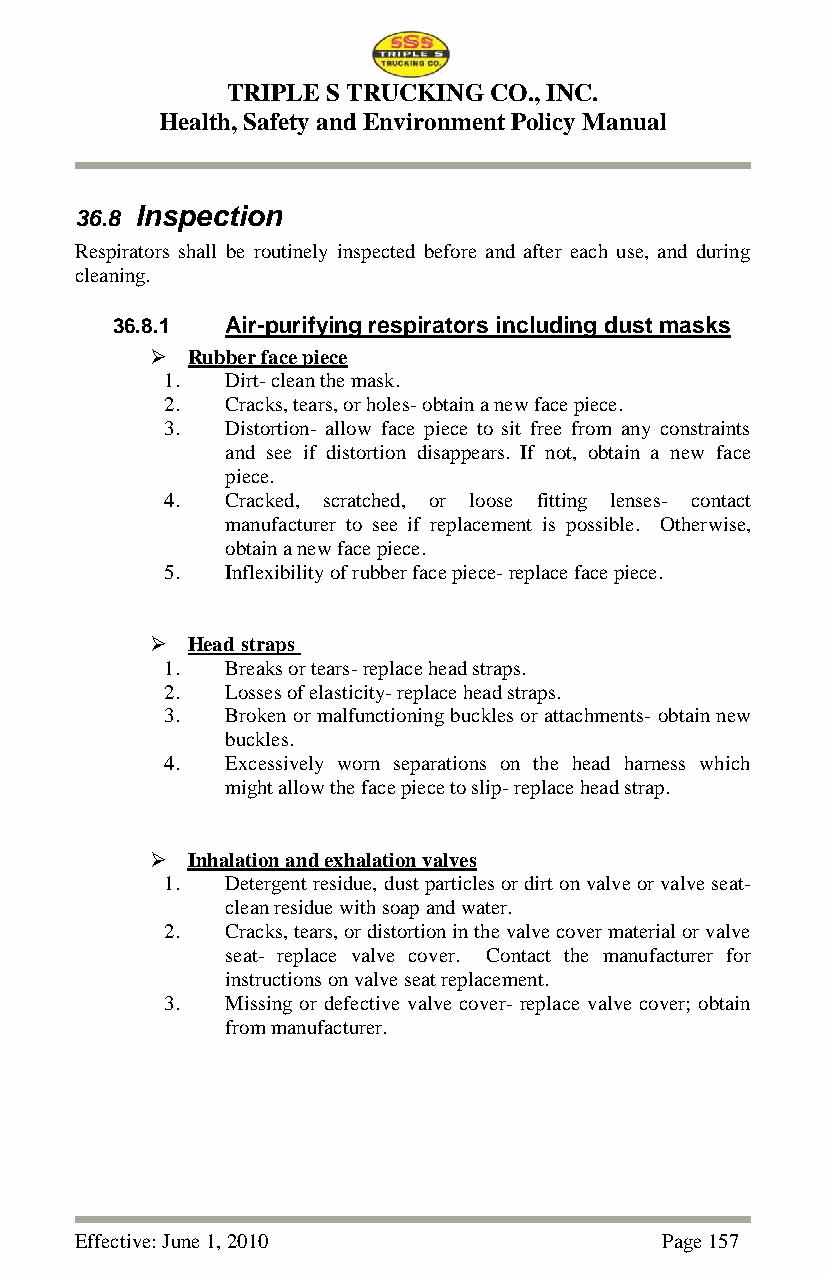
TRIPLE S TRUCKING CO., INC.
 Health, Safety and Environment Policy Manual
 36.8 Inspection
 Respirators shall be routinely inspected before and after each use, and during
 cleaning.
 36.8.1  Air-purifying respirators including dust masks
  Rubber face piece
 1.  Dirt- clean the mask.
 2.  Cracks, tears, or holes- obtain a new face piece.
 3.  Distortion- allow face piece to sit free from any constraints
 and see if distortion disappears. If not, obtain a new face
 piece.
 4.  Cracked, scratched, or loose fitting lenses- contact
 manufacturer to see if replacement is possible. Otherwise,
 obtain a new face piece.
 5.  Inflexibility of rubber face piece- replace face piece.
  Head straps
 1.  Breaks or tears- replace head straps.
 2.  Losses of elasticity- replace head straps.
 3.  Broken or malfunctioning buckles or attachments- obtain new
 buckles.
 4.  Excessively worn separations on the head harness which
 might allow the face piece to slip- replace head strap.
  Inhalation and exhalation valves
 1.  Detergent residue, dust particles or dirt on valve or valve seat-
 clean residue with soap and water.
 2.  Cracks, tears, or distortion in the valve cover material or valve
 seat- replace valve cover. Contact the manufacturer for
 instructions on valve seat replacement.
 3.  Missing or defective valve cover- replace valve cover; obtain
 from manufacturer.
 Effective: June 1, 2010                Page 157